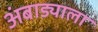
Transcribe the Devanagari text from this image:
अंबाड्याला